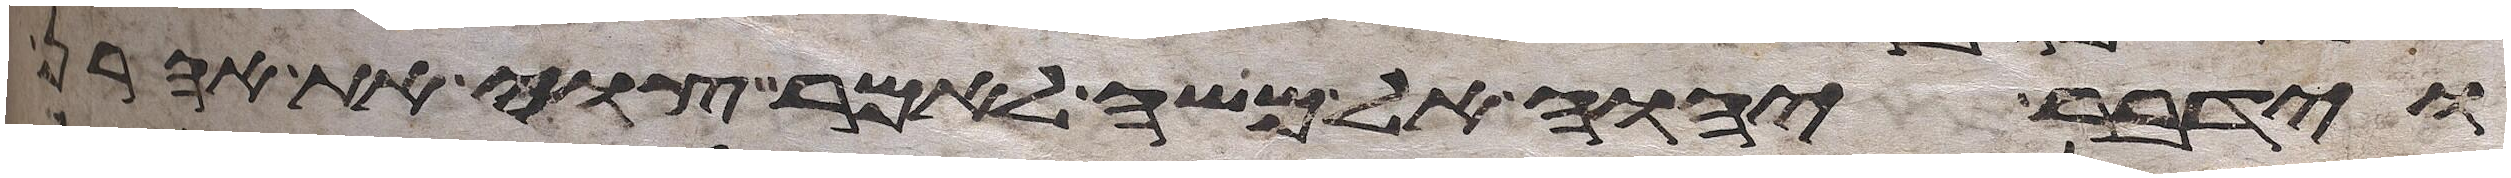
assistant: וידבר יהוה אל משה לאמר צוי את אהרן